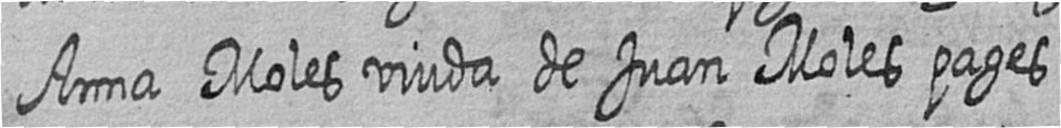
Anna Moles viuda de Juan Moles pages